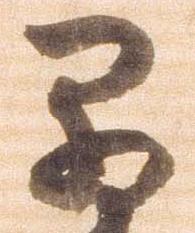
早